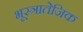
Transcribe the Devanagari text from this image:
भूस्त्रातेजिक